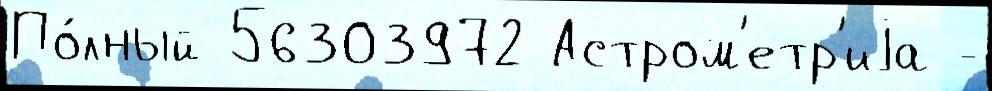
По́лный 56303972 Астром'етр'иjа -